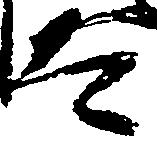
太